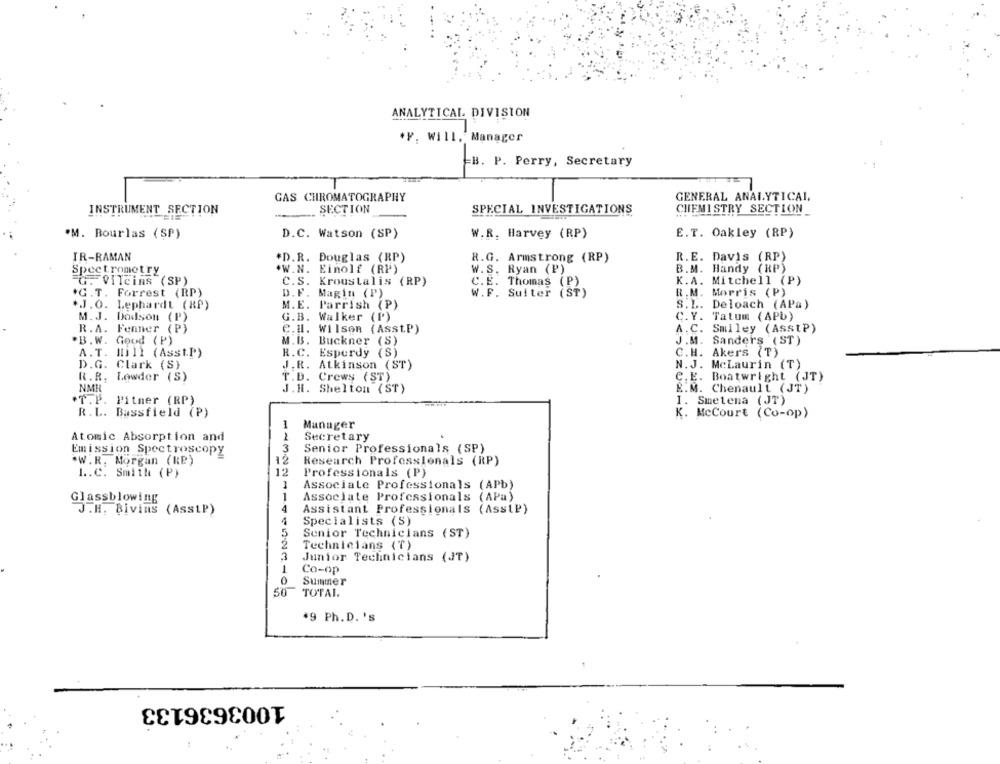
ANALYTICAL DIVISION
*F. Will. Manager
B. P. Perry, Secretary
GAS CHROMATOGRAPHY
GENERAL ANALYTICAL.
INSTRUMENT SECTION
SECTION
SPECIAL INVESTIGATIONS
CHEMISTRY SECTION
*M. Bourlas (SP)
D.C. Watson (SP)
W.R. Harvey (RP)
E.T. Oakley (RP)
IR-RAMAN
*D.R. Douglas (RP)
R.G. Armstrong (RP)
R.E. Davis (RP)
B.M. Handy (RP)
Spectrometry
.W.N. Einolf (RP)
W. S. Ryan (P)
FOIIcins (SP)
C.S. Kroustalis (RP)
C. E. Thomas ( P)
K.A. Mitchell (P)
R.M. Morris (P)
*G.T. Forrest (RP)
D.F. Magin (P)
W.F. Suiter (ST)
.J.O. Lephardt (RP)
M.E. Parrish (P)
S.L. Deloach (APa)
M.J. Dodson (P)
G.B. Walker (P)
C.Y. Tatum (APb)
R.A. Fenner (P)
C.H. Wilson (AsstP)
A.C. Smiley (AsstP)
*B.W. Goud (P)
M.B. Buckner (S)
J.M. Sanders (ST)
A.T. Mill (Asst.P)
R.C. Esperdy (S)
C.H. Akers (T)
D.G. Clark (S)
J.R. Atkinson (ST)
N.J. MeLaurin (T)
R.R. Lowder (S)
T.D. Crews (ST)
C.E. Boatwright (JT)
NMH
J.H. Shelton (ST)
E.M. Chenault (JT)
.T. P. Pitner (RP)
I. Smetena (JT)
R. L. Bassfield (P)
K. McCourt (Co-op)
1
Manager
2
Secretary
Atomic Absorption and
Emission Spectroscopy
3
Senior Professionals (SP)
.W.R. Morgan (RP)
12
Research Professionals (RP)
I.C. Smith (P)
12
Professionals (P)
1
Associale Professionals (APb)
1
Associate Professionals (APa)
Glassblowing
J.H. Bivins (Asstp)
4
Assistant Professionals (AsstP)
4
Specialists (S)
5
Senior Technicians (ST)
Technicians (T)
3
Junior Technicians (JT)
Co-op
0
Summer
50 TOTAL.
*9 Ph.D. 's
1003636133